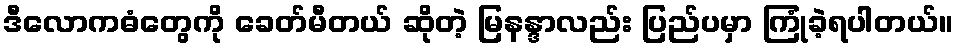
ဒီလောကဓံတွေကို ခေတ်မီတယ် ဆိုတဲ့ မြနန္ဒာလည်း ပြည်ပမှာ ကြုံခဲ့ရပါတယ်။